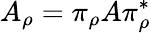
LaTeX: A_{\rho}=\pi_{\rho}A\pi_{\rho}^{*}